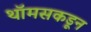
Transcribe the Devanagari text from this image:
थॉमसकडून